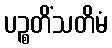
ပဉ္စတိံသတိမံ